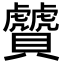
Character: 贙